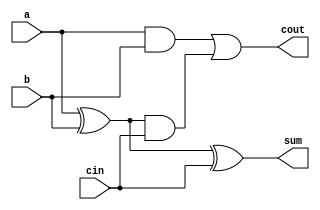
module adder_1bit( 
    input a, b, cin,
    output cout, sum );

    wire a_xor_b = a ^ b;
    assign cout = (a & b) | (a_xor_b & cin);
    assign sum = a_xor_b ^ cin;
endmodule
 

module top_module( 
    input [99:0] a, b,
    input cin,
    output cout,
    output [99:0] sum );

    wire [99:0] couts;

    assign cout = couts[99];

    adder_1bit first_fadder(
        .a(a[0]),
        .b(b[0]),
        .cin(cin),
        .cout(couts[0]),
        .sum(sum[0])
    );

    generate
        genvar i;
        for (i = 1; i < 100; i = i + 1) begin : adders
            adder_1bit adder(
                .a(a[i]),
                .b(b[i]),
                .cin(couts[i-1]),
                .cout(couts[i]),
                .sum(sum[i])
            );
        end
    endgenerate

endmodule